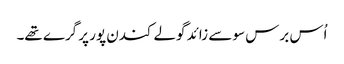
اُس برس سو سے زائد گولے کندن پور پر گرے تھے۔